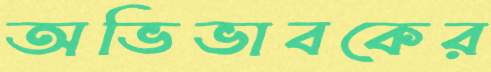
অভিভাবকের